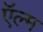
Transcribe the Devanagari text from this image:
ऍल्म